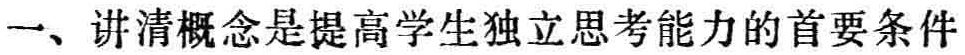
一、讲清概念是提高学生独立思考能力的首要条件